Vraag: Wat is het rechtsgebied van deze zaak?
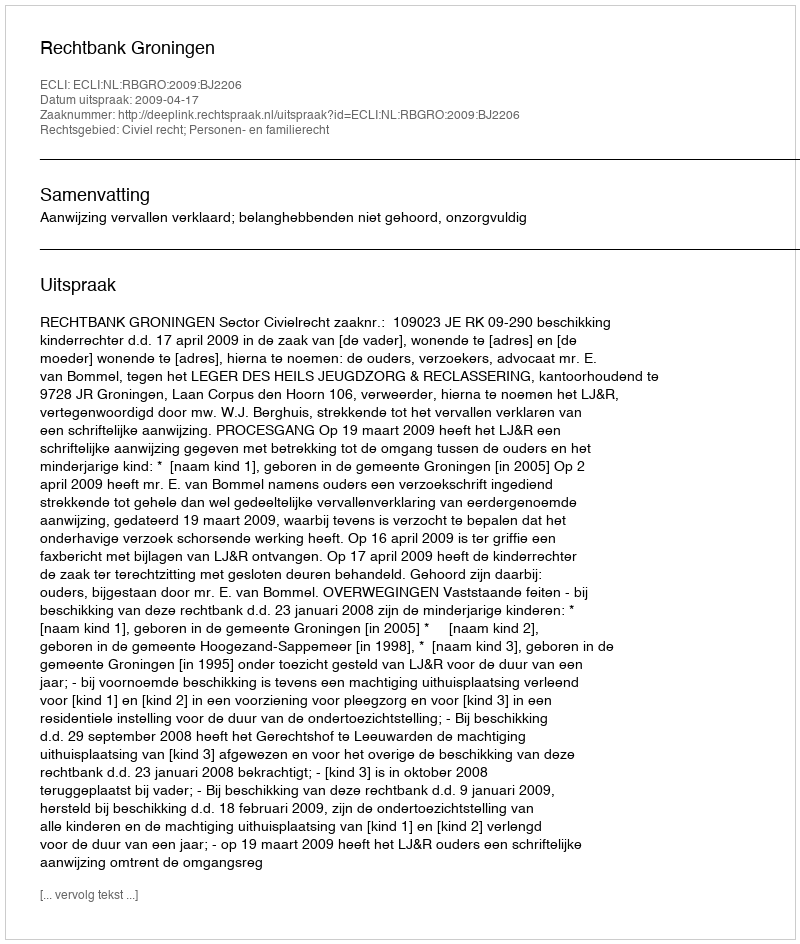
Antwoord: Civiel recht; Personen- en familierecht